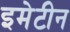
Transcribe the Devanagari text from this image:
इमेटीन